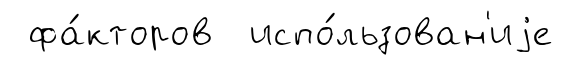
фа́кторов испо́льзован'иjе